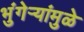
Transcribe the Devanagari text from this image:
भुंगेर्‍यांमुळे